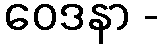
ဝေဒနာ -